Civil Veterinary Department. United Provinces 1912-22 - 1912-1922
Year: 1912
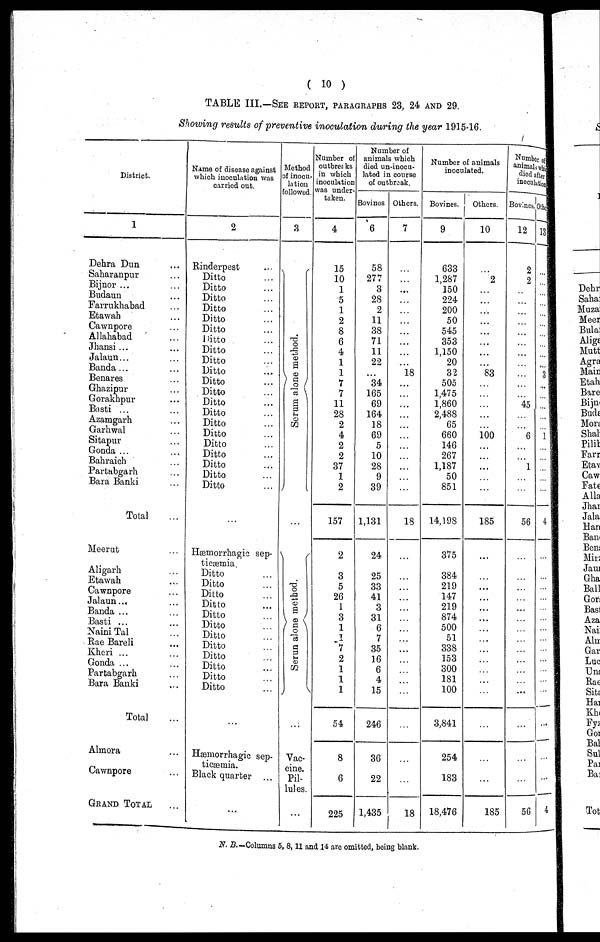
( 10 )
TABLE III.—SEE REPORT, PARAGRAPHS 23, 24 AND 29.
Showing results of preventive inoculation during the year 1915-16.
District.
1
Dehra Dun …
Saharanpur …
Bijnor ... …
Budaun …
Farrukhabad …
Etawah …
Cawnpore …
Allahabad …
Jhansi ... …
Jalaun...
Banda ...
Benares …
Ghazipur …
Gorakhpur …
Basti ... …
Azamgarh …
Garhwal …
Sitapur …
Gonda ... …
Bahraich …
Partnbgarh …
Bara Banki …
Tolal …
Meerut …
Aligarh …
Etawah …
Cawnpore …
Jalaun … …
Banda ... …
Basti ... …
Naini Tal …
Rae Baroli …
Kheri … …
Gonda ... …
Partabgarh …
Bara Banki …
Total …
Almora …
Cawnpore …
GRAND TOTAL …
Name of disease against
which inoculation was
carried out.
2
Rinderpest
Ditto …
Ditto …
Ditto …
Ditto …
Ditto …
Ditto …
Ditto …
Ditto
...
Ditto …
Ditto …
Ditto …
Ditto …
Ditto …
Ditto …
Ditto …
Ditto …
Ditto …
Ditto …
Ditto …
Ditto …
Ditto …
Hæmorrhagic sep-
ticæmia
Ditto
...
Ditto …
Ditto …
Ditto …
Ditto …
Ditto …
Ditto …
Ditto …
Ditto …
Ditto …
Ditto …
Ditto …
Hæmorrhagic sep-
ticaemia.
Black quarter …
…
Method
of inocu-
lation
followed
3
Se r
um alone method.
Ser un alone method.
Vac-
-----
Pil-
lules.
…
Number of
outbreaks
in which
inoculation
was under-
taken.
4
15
10
1
5
1
2
8
6
4
1
1
7
7
11
28
2
4
2
2
37
1
2
157
2
…
3
5
26
1
3
1
1
7
2
1
1
1
54
8
6
225
Number of
animals which
died un-inocu-
lated in course
of outbreak.
Bovines
6
58
277
3
28
9
11
38
71
11
22
…
34
165
69
164
18
69
5
10
28
9
39
1,131
24
…
25
33
41
3
31
6
7
35
16
6
4
15
246
36
22
1,435
Others.
7
…
…
…
…
…
…
…
…
…
…
18
…
…
…
…
…
…
…
…
…
…
…
18
…
…
…
…
…
…
...
…
…
…
…
…
…
…
...
…
…
18
Number of animals
inoculated.
Bovines.
9
633
1,287
150
224
200
50
545
353
1,150
20
32
505
1,475
1,860
2,488
65
660
146
267
1,187
50
851
14,198
375
…
384
219
147
219
874
500
51
338
153
300
181
100
3,841
254
183
18,476
Others.
10
…
2
…
…
…
…
…
…
…
…
83
…
…
…
…
…
100
…
…
…
…
…
185
…
…
…
…
…
…
...
…
…
…
…
…
…
…
…
…
…
185
Number of
animals which
died after
i nocul at i on.
Bovines.
12
2
2
…
…
…
…
…
…
…
…
…
…
…
45
…
…
6
…
…
1
…
…
56
…
…
…
…
…
…
…
…
…
…
…
…
…
...
…
…
…
56
Other
13
…
…
…
…
…
…
…
…
…
…
3
…
...
…
…
…
1
…
…
…
…
…
4
…
…
…
…
…
…
…
…
…
…
…
…
…
…
…
…
…
4
N. B.-Columns 5, 8, 11 and 14 are omitted, being blank.